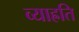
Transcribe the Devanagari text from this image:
व्याह्रति